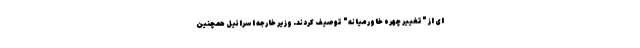
ای از "تغییر چهره خاورمیانه" توصیف کردند. وزیر خارجه اسرائیل همچنین